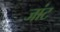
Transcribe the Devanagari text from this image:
जांट